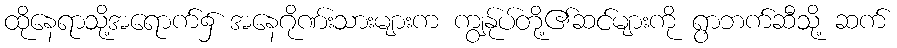
ထိုနေရာသို့အရောက်၌ အနေဂိုဏ်းသားများက ကျွန်ုပ်တို့၏ဆင်များကို ရွာဘက်ဆီသို့ ဆက်